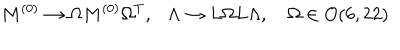
M ^ { ( 0 ) } \to \Omega M ^ { ( 0 ) } \Omega ^ { T } , \ \ \ \Lambda \to L \Omega L \Lambda , \Omega \in O ( 6 , 2 2 )